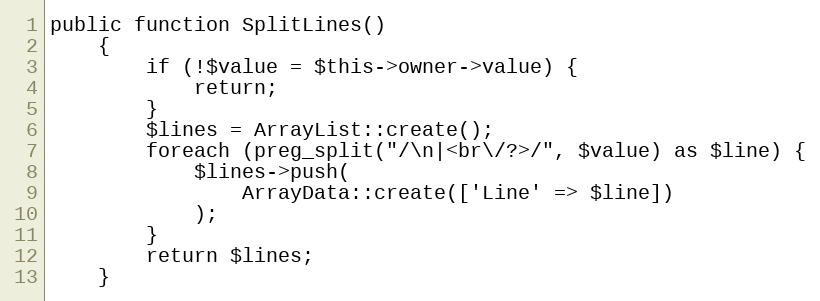
Language: PHP
public function SplitLines()
    {
        if (!$value = $this->owner->value) {
            return;
        }
        $lines = ArrayList::create();
        foreach (preg_split("/\n|<br\/?>/", $value) as $line) {
            $lines->push(
                ArrayData::create(['Line' => $line])
            );
        }
        return $lines;
    }